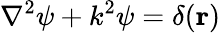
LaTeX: \nabla^{2}\psi+k^{2}\psi=\delta(\mathbf{r})